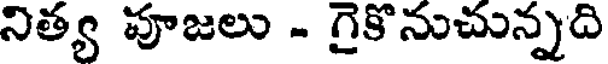
నిత్య పూజలు - గైకొనుచున్నది